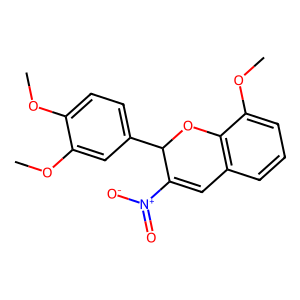
SMILES: COc1ccc(C2Oc3c(cccc3OC)C=C2[N+](=O)[O-])cc1OC
Inhibits HIV replication: No